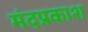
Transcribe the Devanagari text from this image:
मंदप्रकाश